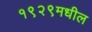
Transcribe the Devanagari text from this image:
१९२९मधील